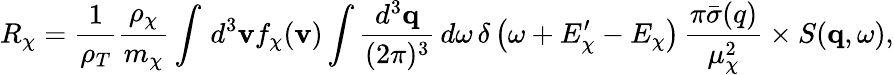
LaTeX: R_{\chi}=\frac{1}{\rho_{T}}\frac{\rho_{\chi}}{m_{\chi}}\int\, d^{3}\mathbf{v}f_{\chi}(\mathbf{v})\int\frac{d^{3}\mathbf{q}}{(2\pi)^{3}}\, d\omega\, \delta\left(\omega+E_{\chi}^{\prime}-E_{\chi}\right)\, \frac{\pi\bar{\sigma}(q)}{\mu_{\chi}^{2}}\times S(\mathbf{q},\omega),